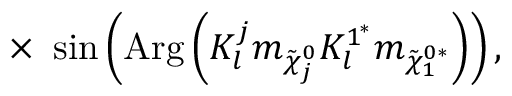
~ ~ ~ ~ ~ ~ ~ ~ ~ ~ \times ~ \sin \left( \mathrm { A r g } \left( K _ { l } ^ { j } m _ { \tilde { \chi } _ { j } ^ { 0 } } K _ { l } ^ { 1 ^ { * } } m _ { \tilde { \chi } _ { 1 } ^ { 0 * } } \right) \right) ,